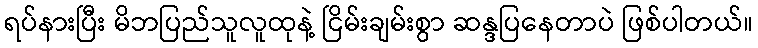
ရပ်နားပြီး မိဘပြည်သူလူထုနဲ့ ငြိမ်းချမ်းစွာ ဆန္ဒပြနေတာပဲ ဖြစ်ပါတယ်။